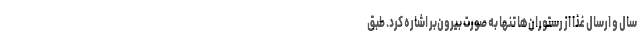
سال و ارسال غذا از رستوران‌‌‌ها تنها به صورت بیرون‌بر اشاره کرد. طبق